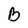
Character: B